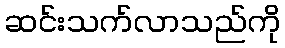
ဆင်းသက်လာသည်ကို